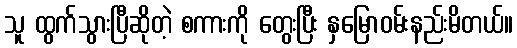
သူ ထွက်သွားပြီဆိုတဲ့ စကားကို တွေးပြီး နှမြောဝမ်းနည်းမိတယ်။